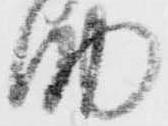
助